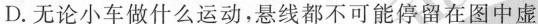
D.无论小车做什么运动，悬线都不可能停留在图中虚